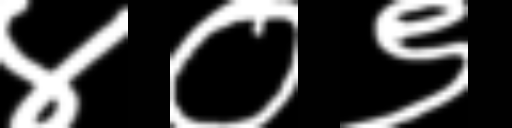
Text: ४०९